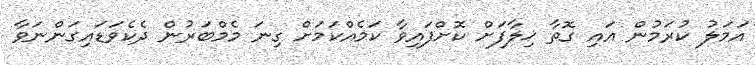
އަމަލު ކުރަމުން އައި ގޮތާ ޚިލާފަށް ކޮށްފައިވާ ކަމެއްކަމަށް ގިނަ މެމްބަރުން ދެކެވަޑައިގަންނަވާ